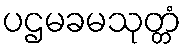
ပဌမခမသုတ္တံ